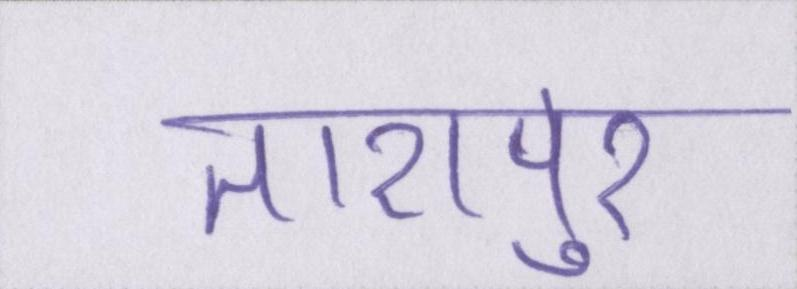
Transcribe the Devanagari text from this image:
तारापुर